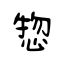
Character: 惣